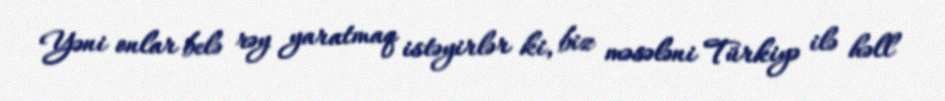
Yəni onlar belə rəy yaratmaq istəyirlər ki, biz məsələni Türkiyə ilə həll